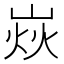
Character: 𡹖